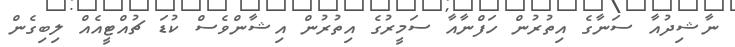
ނާޝިދުއާ ސަނާގެ އިތުރުން ހަފްނާއާ ސަމީރުގެ އިތުރުން އިޝާންވެސް ކުޑަ ޗުއްޓީއެއް ލިބިގެން